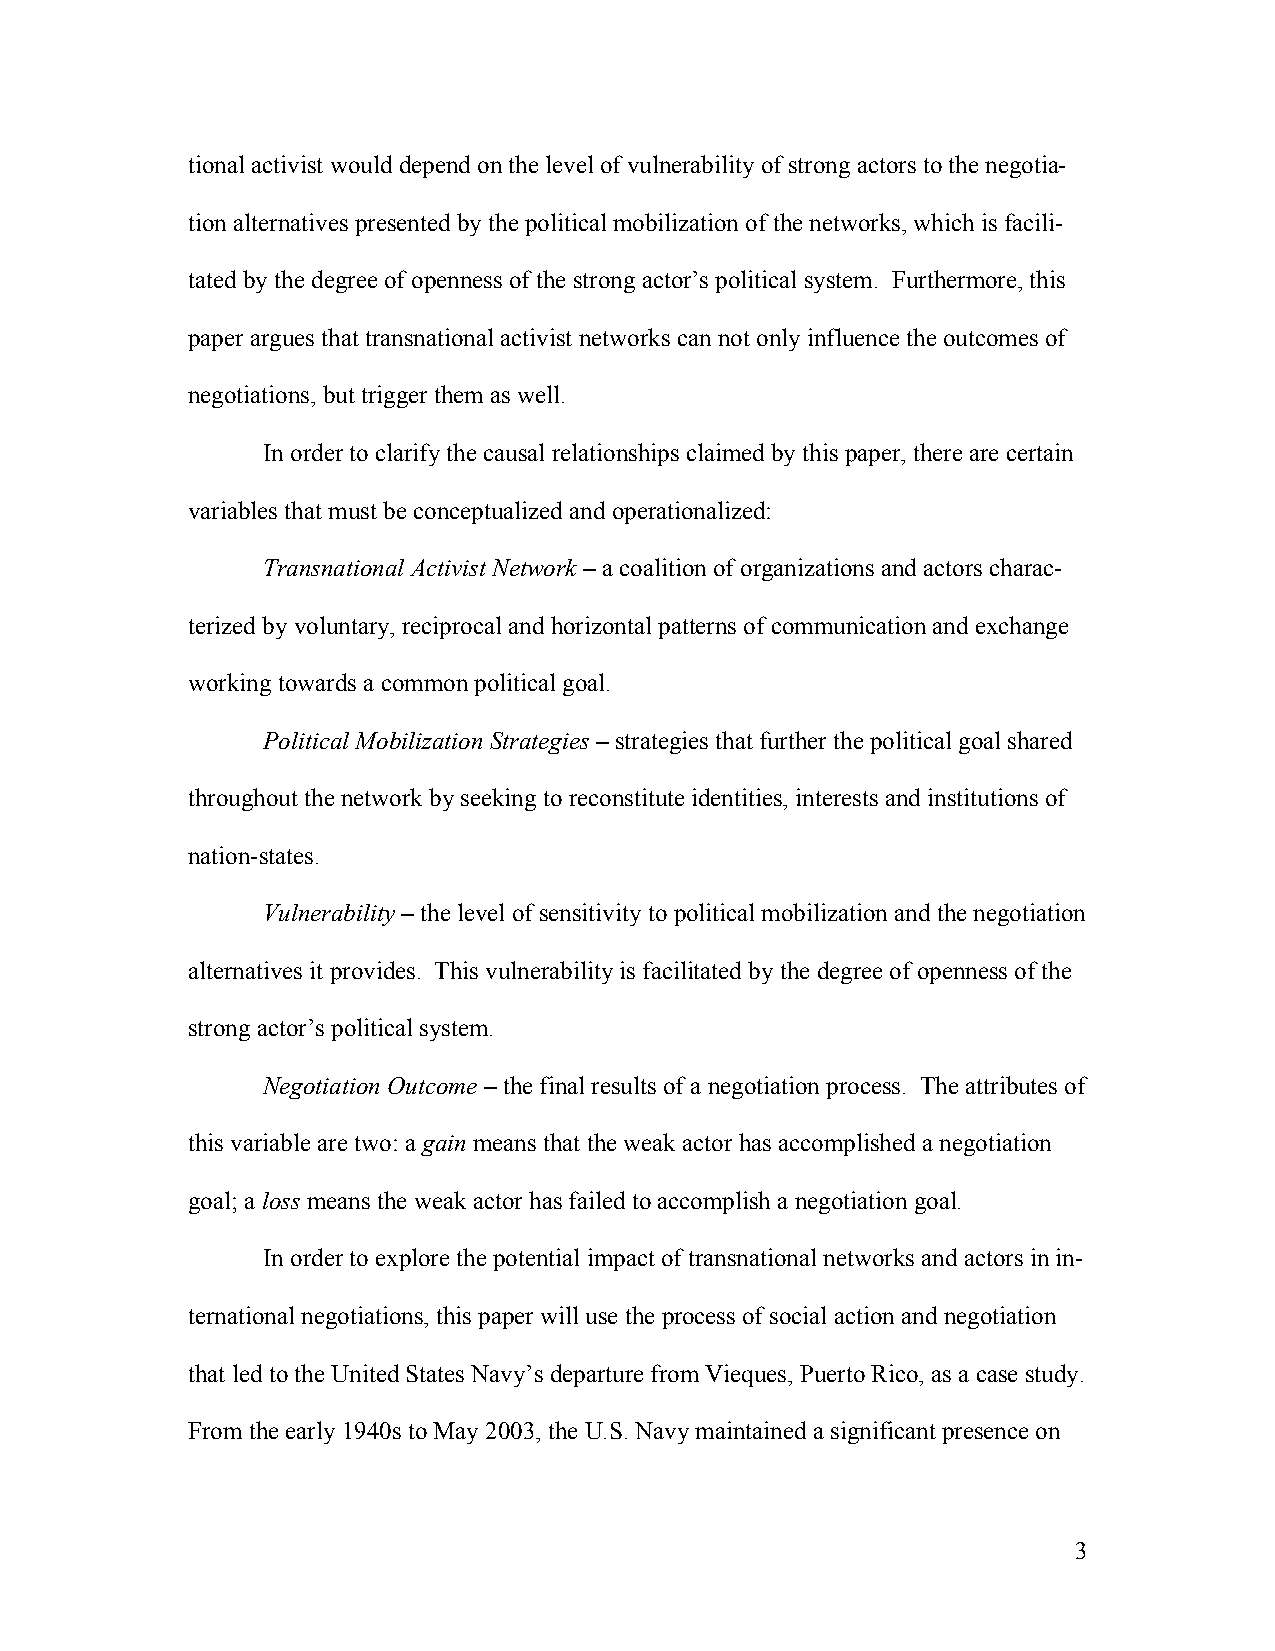
tional activist would depend on the level of vulnerability of strong actors to the negotia-
 tion alternatives presented by the political mobilization of the networks, which is facili-
 tated by the degree of openness of the strong actor’s political system. Furthermore, this
 paper argues that transnational activist networks can not only influence the outcomes of
 negotiations, but trigger them as well.
 In order to clarify the causal relationships claimed by this paper, there are certain
 variables that must be conceptualized and operationalized:
 Transnational Activist Network – a coalition of organizations and actors charac-
 terized by voluntary, reciprocal and horizontal patterns of communication and exchange
 working towards a common political goal.
 Political Mobilization Strategies – strategies that further the political goal shared
 throughout the network by seeking to reconstitute identities, interests and institutions of
 nation-states.
 Vulnerability – the level of sensitivity to political mobilization and the negotiation
 alternatives it provides. This vulnerability is facilitated by the degree of openness of the
 strong actor’s political system.
 Negotiation Outcome – the final results of a negotiation process. The attributes of
 this variable are two: a gain means that the weak actor has accomplished a negotiation
 goal; a loss means the weak actor has failed to accomplish a negotiation goal.
 In order to explore the potential impact of transnational networks and actors in in-
 ternational negotiations, this paper will use the process of social action and negotiation
 that led to the United States Navy’s departure from Vieques, Puerto Rico, as a case study.
 From the early 1940s to May 2003, the U.S. Navy maintained a significant presence on
 3